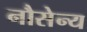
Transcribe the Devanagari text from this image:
नौसेन्य